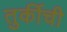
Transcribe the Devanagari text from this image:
तुर्कीची